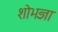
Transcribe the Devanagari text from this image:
शोभज्ञा